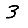
Digit: 3